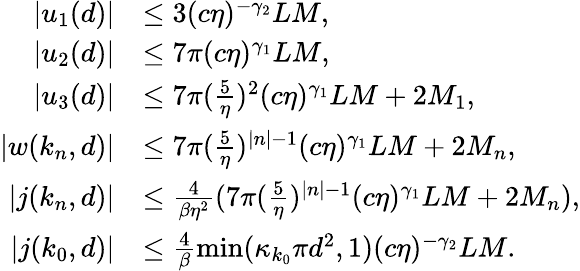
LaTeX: \begin{array}{rl}{\vert u_{1}(d)\vert}&{\le 3(c\eta)^{-\gamma_{2}}LM,}\\ {\vert u_{2}(d)\vert}&{\le 7\pi(c\eta)^{\gamma_{1}}LM,}\\ {\vert u_{3}(d)\vert}&{\le 7\pi(\frac 5\eta)^{2}(c\eta)^{\gamma_{1}}LM+2M_{1},}\\ {\vert w(k_{n},d)\vert}&{\le 7\pi(\frac 5\eta)^{\vert n\vert-1}(c\eta)^{\gamma_{1}}LM+2M_{n},}\\ {\vert j(k_{n},d)\vert}&{\le\frac 4{\beta\eta^{2}}(7\pi(\frac 5\eta)^{\vert n\vert-1}(c\eta)^{\gamma_{1}}LM+2M_{n}),}\\ {\vert j(k_{0},d)\vert}&{\le\frac{4}\beta\operatorname*{min}(\kappa_{k_{0}}\pi d^{2},1)(c\eta)^{-\gamma_{2}}LM.}\end{array}